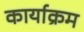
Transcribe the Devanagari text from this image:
कार्याक्रम